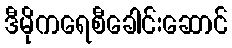
ဒီမိုကရေစီခေါင်းဆောင်